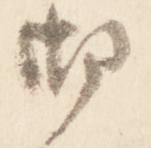
御